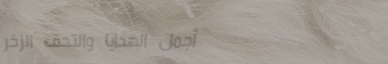
أجمل الهدايا والتحف الزخر